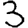
Digit: 3